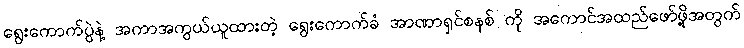
ရွေးကောက်ပွဲနဲ့ အကာအကွယ်ယူထားတဲ့ ရွေးကောက်ခံ အာဏာရှင်စနစ် ကို အကောင်အထည်ဖော်ဖို့အတွက်